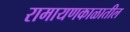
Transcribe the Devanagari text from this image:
रामायणकाळातील